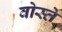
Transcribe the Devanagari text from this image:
वोस्ते